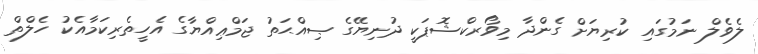
ލެވެލް ނަމުގައި ކުރިޔަށް ގެންދާ މިވޯރކްޝޮޕަކީ ދުނިޔޭގެ ޞިއްޙަތު ޖަމްޢިއްޔާގެ އެހީތެރިކަމާއެކު ހެލްތް